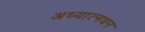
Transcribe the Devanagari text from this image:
अध्यात्मधन